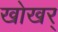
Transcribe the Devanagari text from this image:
खोखर्